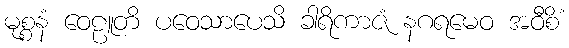
မုစ္စနံ ဝေဠူတိ ပဝေသာပေသိ ခါရိကာဇံ နဂရမေဝ အဝီစိံ